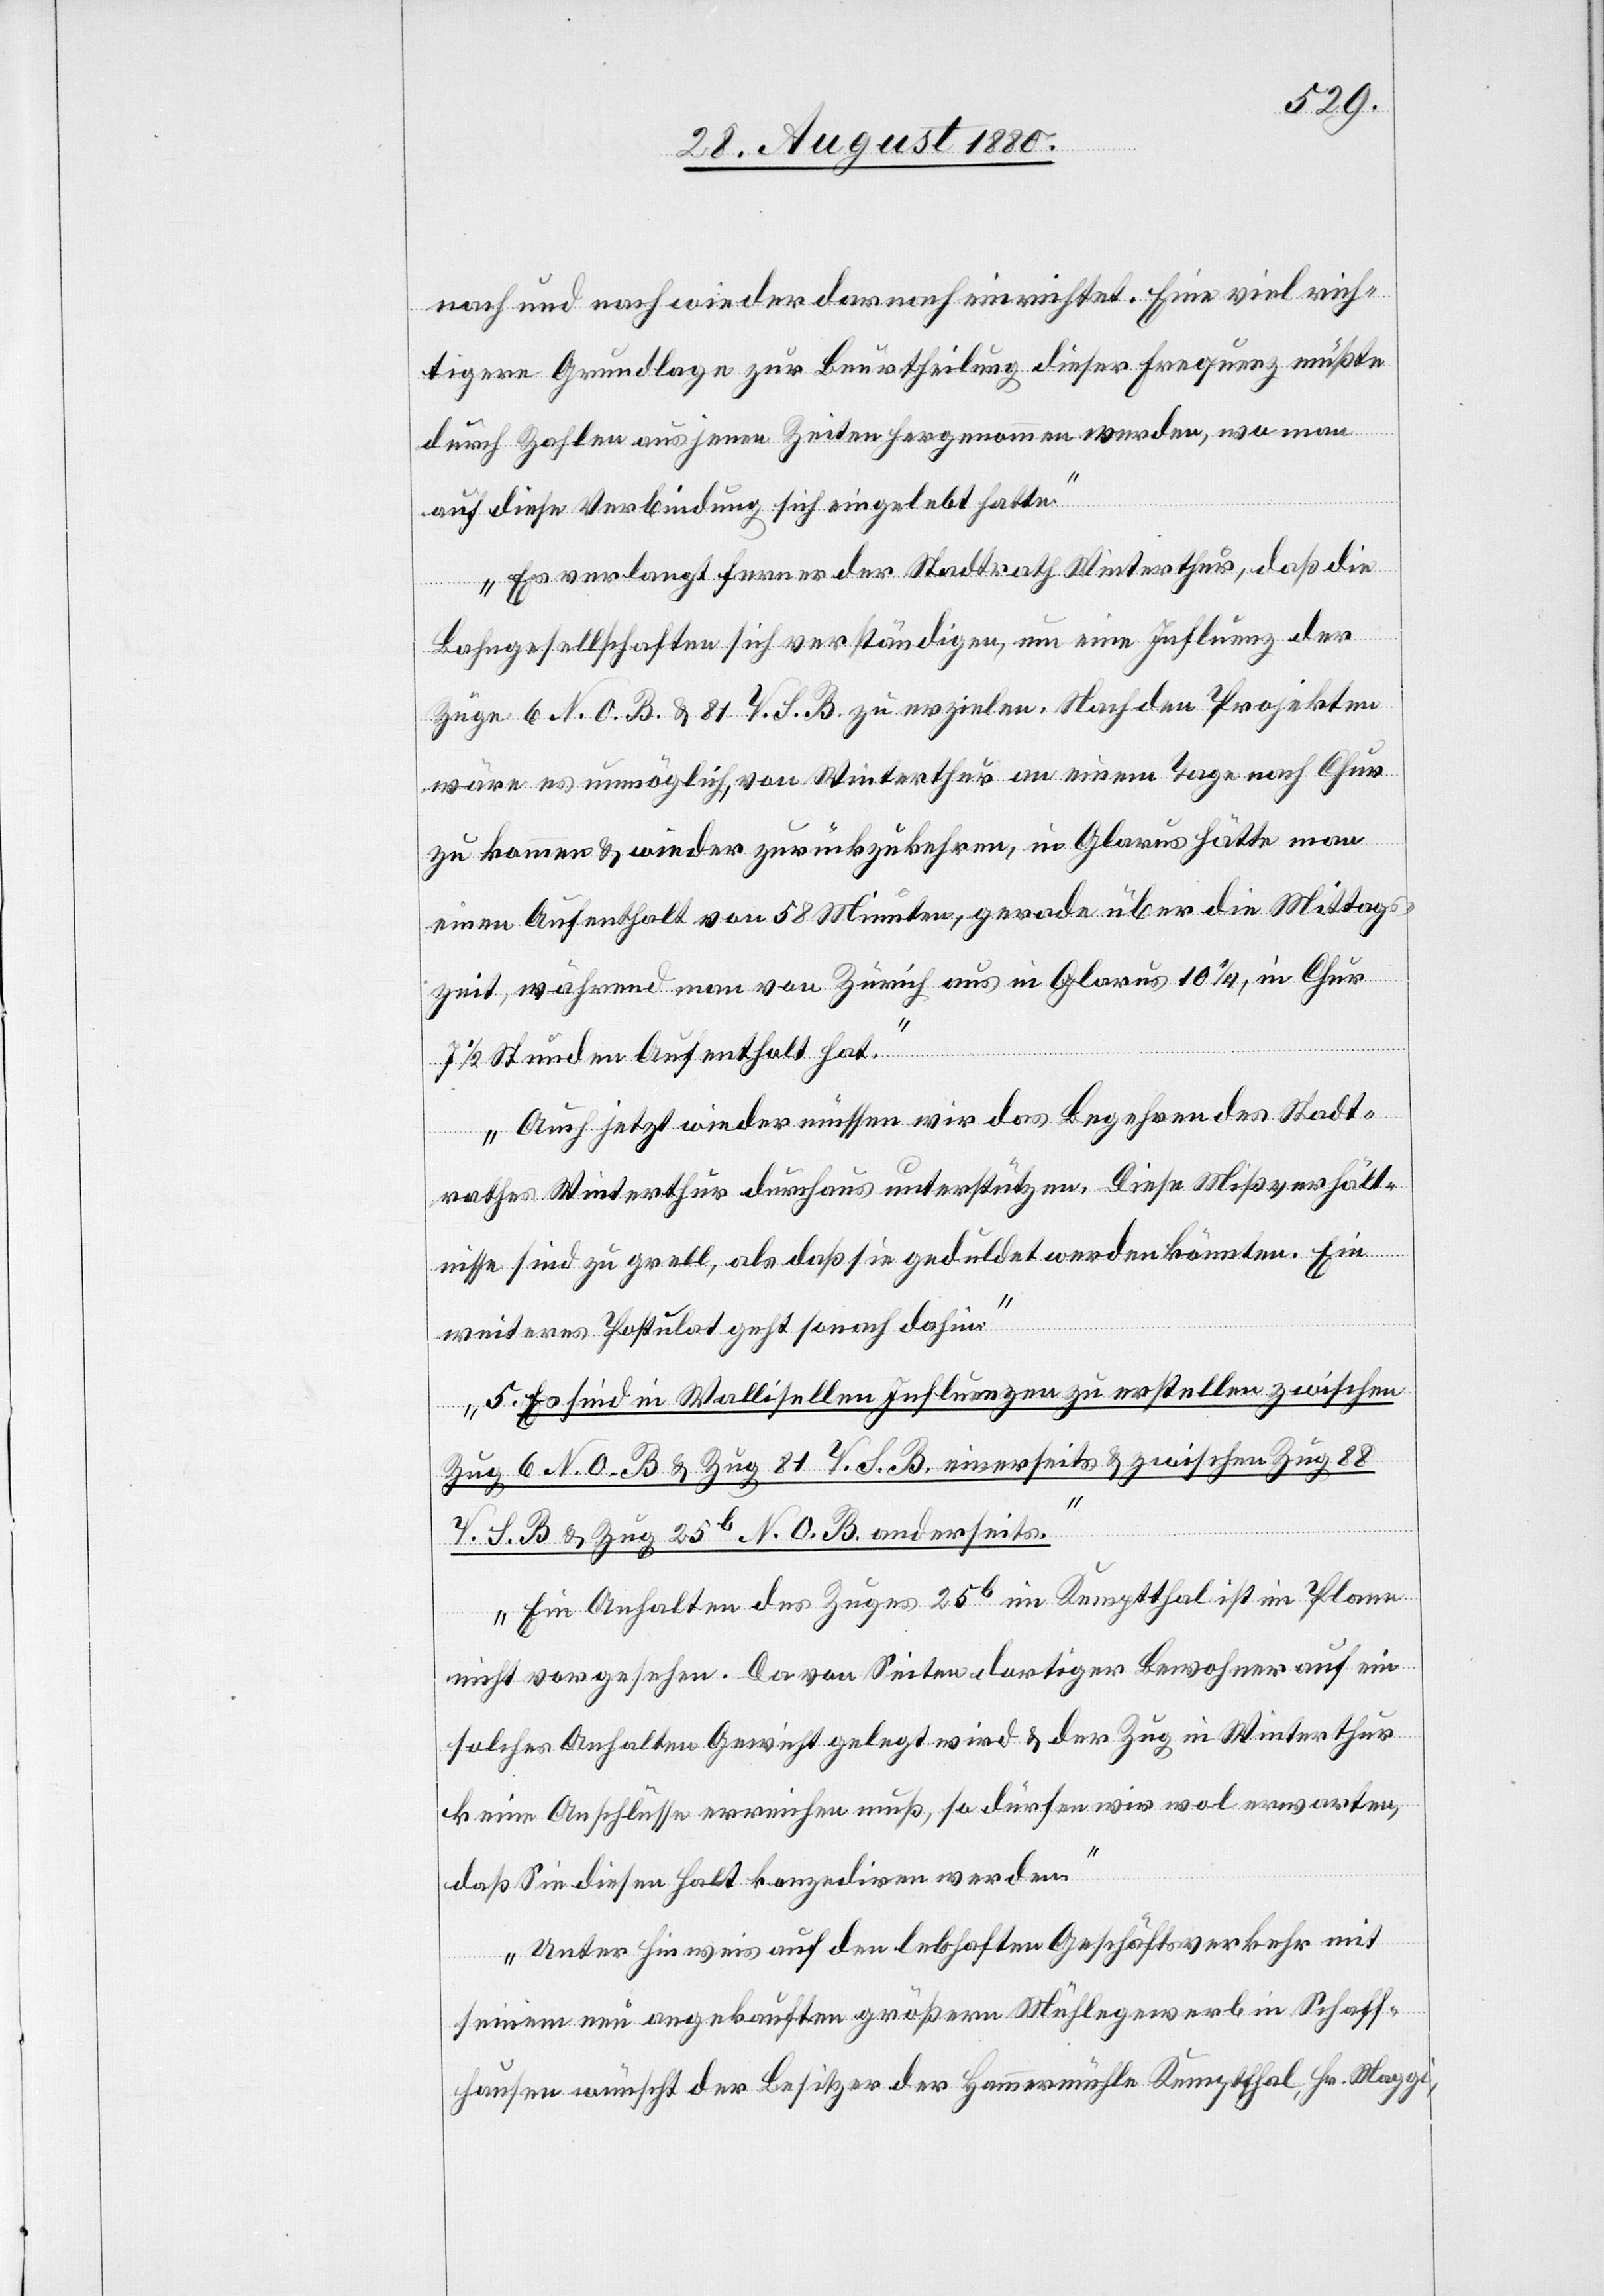
nach und nach wieder darnach einrichtet. Eine viel wich¬
tigere Grundlage zu Beurtheilung dieser Erwägung müßte
durch Zahlen aus jenen Zeiten hergenommen werden, wo man
auf diese Verbindung sich eingelebt hatte.
Es verlangt ferner der Stadtrath Winterthur, daß die
Bahngesellschaften sich verständigen, um eine Influenz der
Züge 6 N. O. B. & 81 V. S. B. zu erzielen. Nach den Projekten
wäre es unmöglich, von Winterthur an einem Tage nach Chur
zu kommen & wieder zurückzukehren, in Glarus hätte man
einen Aufenthalt von 58 Minuten, gerade über die Mittags¬
zeit, während man von Zürich aus in Glarus 10 1/4, in Chur
1/2 Stunden Aufenthalt hat.
Auch jetzt wieder müssen wir das Begehren des Stadt¬
rathes Winterthur durchaus unterstützen. Diese Mißverhält¬
nisse sind zu grell, als daß sie geduldet werden könnten. Ein
weiteres Postulat geht sonach dahin.
5. Es sind in Wallisellen Influenzen zu erstellen zwischen
Zug 6 N. O. B. & Zug 81 V. S. B. einerseits & zwischen Zug 88
V. S. B. & Zug 25b N. O. B. anderseits.
Ein Anhalten des Zuges 25b in Kempthal ist im Plan
nicht vorgesehen. Da von Seiten dortiger Bewohner auf ein
solches Anhalten Gewicht gelegt wird & der Zug in Winterthur
keine Anschlüsse erreichen muß, so dürfen wir wol erwarten,
daß Sie diesen Halt konzediren werden.
Unter Hinweis auf den lebhaften Geschäftsverkehr mit
seinem neu angekauften größeren Mühlegewerb in Schaff¬
hausen wünscht der Besitzer der Hammermühle Kempthal, Hr. Maggi,